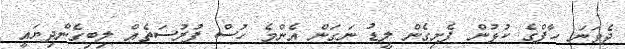
ދެވަނަ ހާފްގެ ކުޅުން ފެށިގެން ލީޑު ނަގަން އެންމެ ހުސް ފުރުސަތެއް ލިބިގެންދިޔައީ